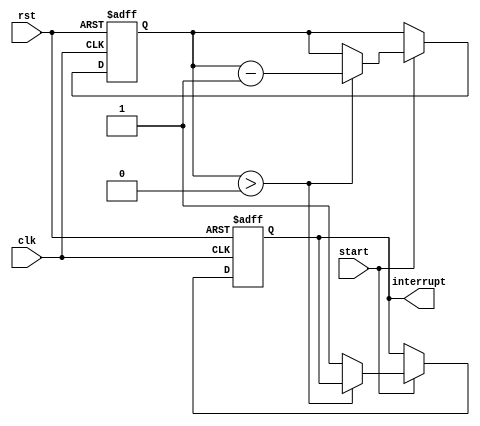
module countdown_timer (
    input wire clk,          // System clock
    input wire rst,          // Reset signal
    input wire start,        // Start signal
    output reg interrupt     // Interrupt signal
);

reg [31:0] count_value;     // Countdown value

always @ (posedge clk or posedge rst) begin
    if (rst) begin
        count_value <= 32'h00000000; // Initialize countdown value
        interrupt <= 1'b0;
    end else begin
        if (start) begin
            if (count_value > 0) begin
                count_value <= count_value - 1; // Decrement count value
            end else begin
                interrupt <= 1'b1; // Countdown complete
            end
        end
    end
end

endmodule